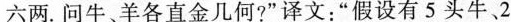
六两。问牛、羊各直金几何?”译文：”假设有5头牛、2